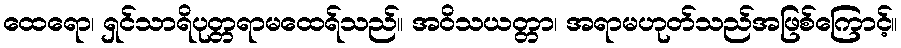
ထေရော၊ ရှင်သာရိပုတ္တရာမထေရ်သည်။ အဝိသယတ္တာ၊ အရာမဟုတ်သည်အဖြစ်ကြောင့်။